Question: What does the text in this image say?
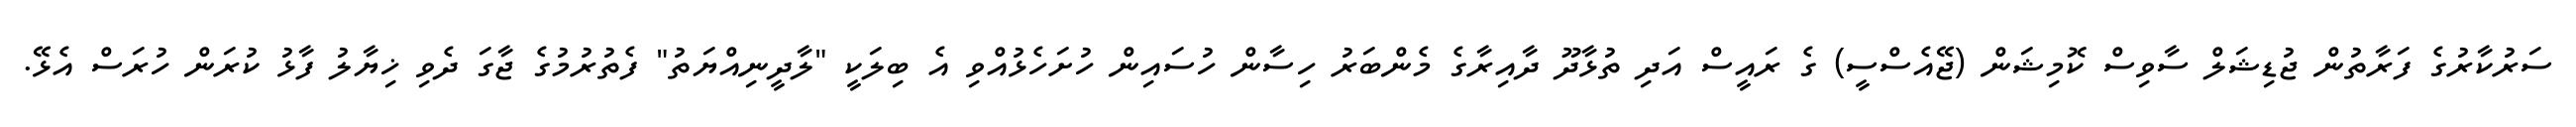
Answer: ސަރުކާރުގެ ފަރާތުން ޖުޑިޝަލް ސާވިސް ކޮމިޝަން (ޖޭއެސްސީ) ގެ ރައީސް އަދި ތުޅާދޫ ދާއިރާގެ މެންބަރު ހިސާން ހުސައިން ހުށަހެޅުއްވި އެ ބިލަކީ "ލާދީނިއްޔަތު" ފެތުރުމުގެ ޖާގަ ދެވި ޚިޔާލު ފާޅު ކުރަން ހުރަސް އެޅޭ.